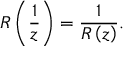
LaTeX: R \left( \frac { 1 } { z } \right) = \frac { 1 } { R \left( z \right) } .